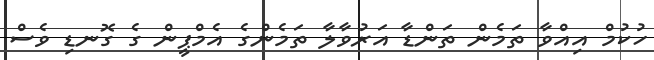
ހުކުމް އިއްވާ ތަމެން ތަންޑާ އަރުވާލާ ތަމެންގެ އެމްޕީން ގެ ގޮނޑި ވެސް